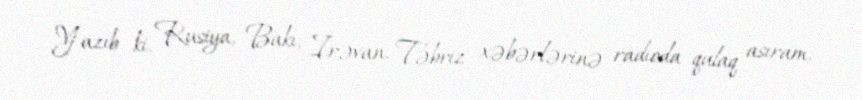
Yazıb ki, Rusiya, Bakı, İrəvan, Təbriz xəbərlərinə radioda qulaq asıram,